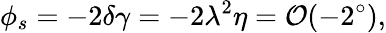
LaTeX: \phi_{s}=-2\delta\gamma=-2\lambda^{2}\eta={\cal O}(-2^{\circ}),